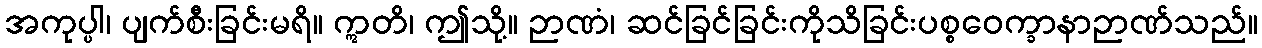
အကုပ္ပါ၊ ပျက်စီးခြင်းမရိ။ ဣတိ၊ ဤသို့။ ဉာဏံ၊ ဆင်ခြင်ခြင်းကိုသိခြင်းပစ္စဝေက္ခာနာဉာဏ်သည်။